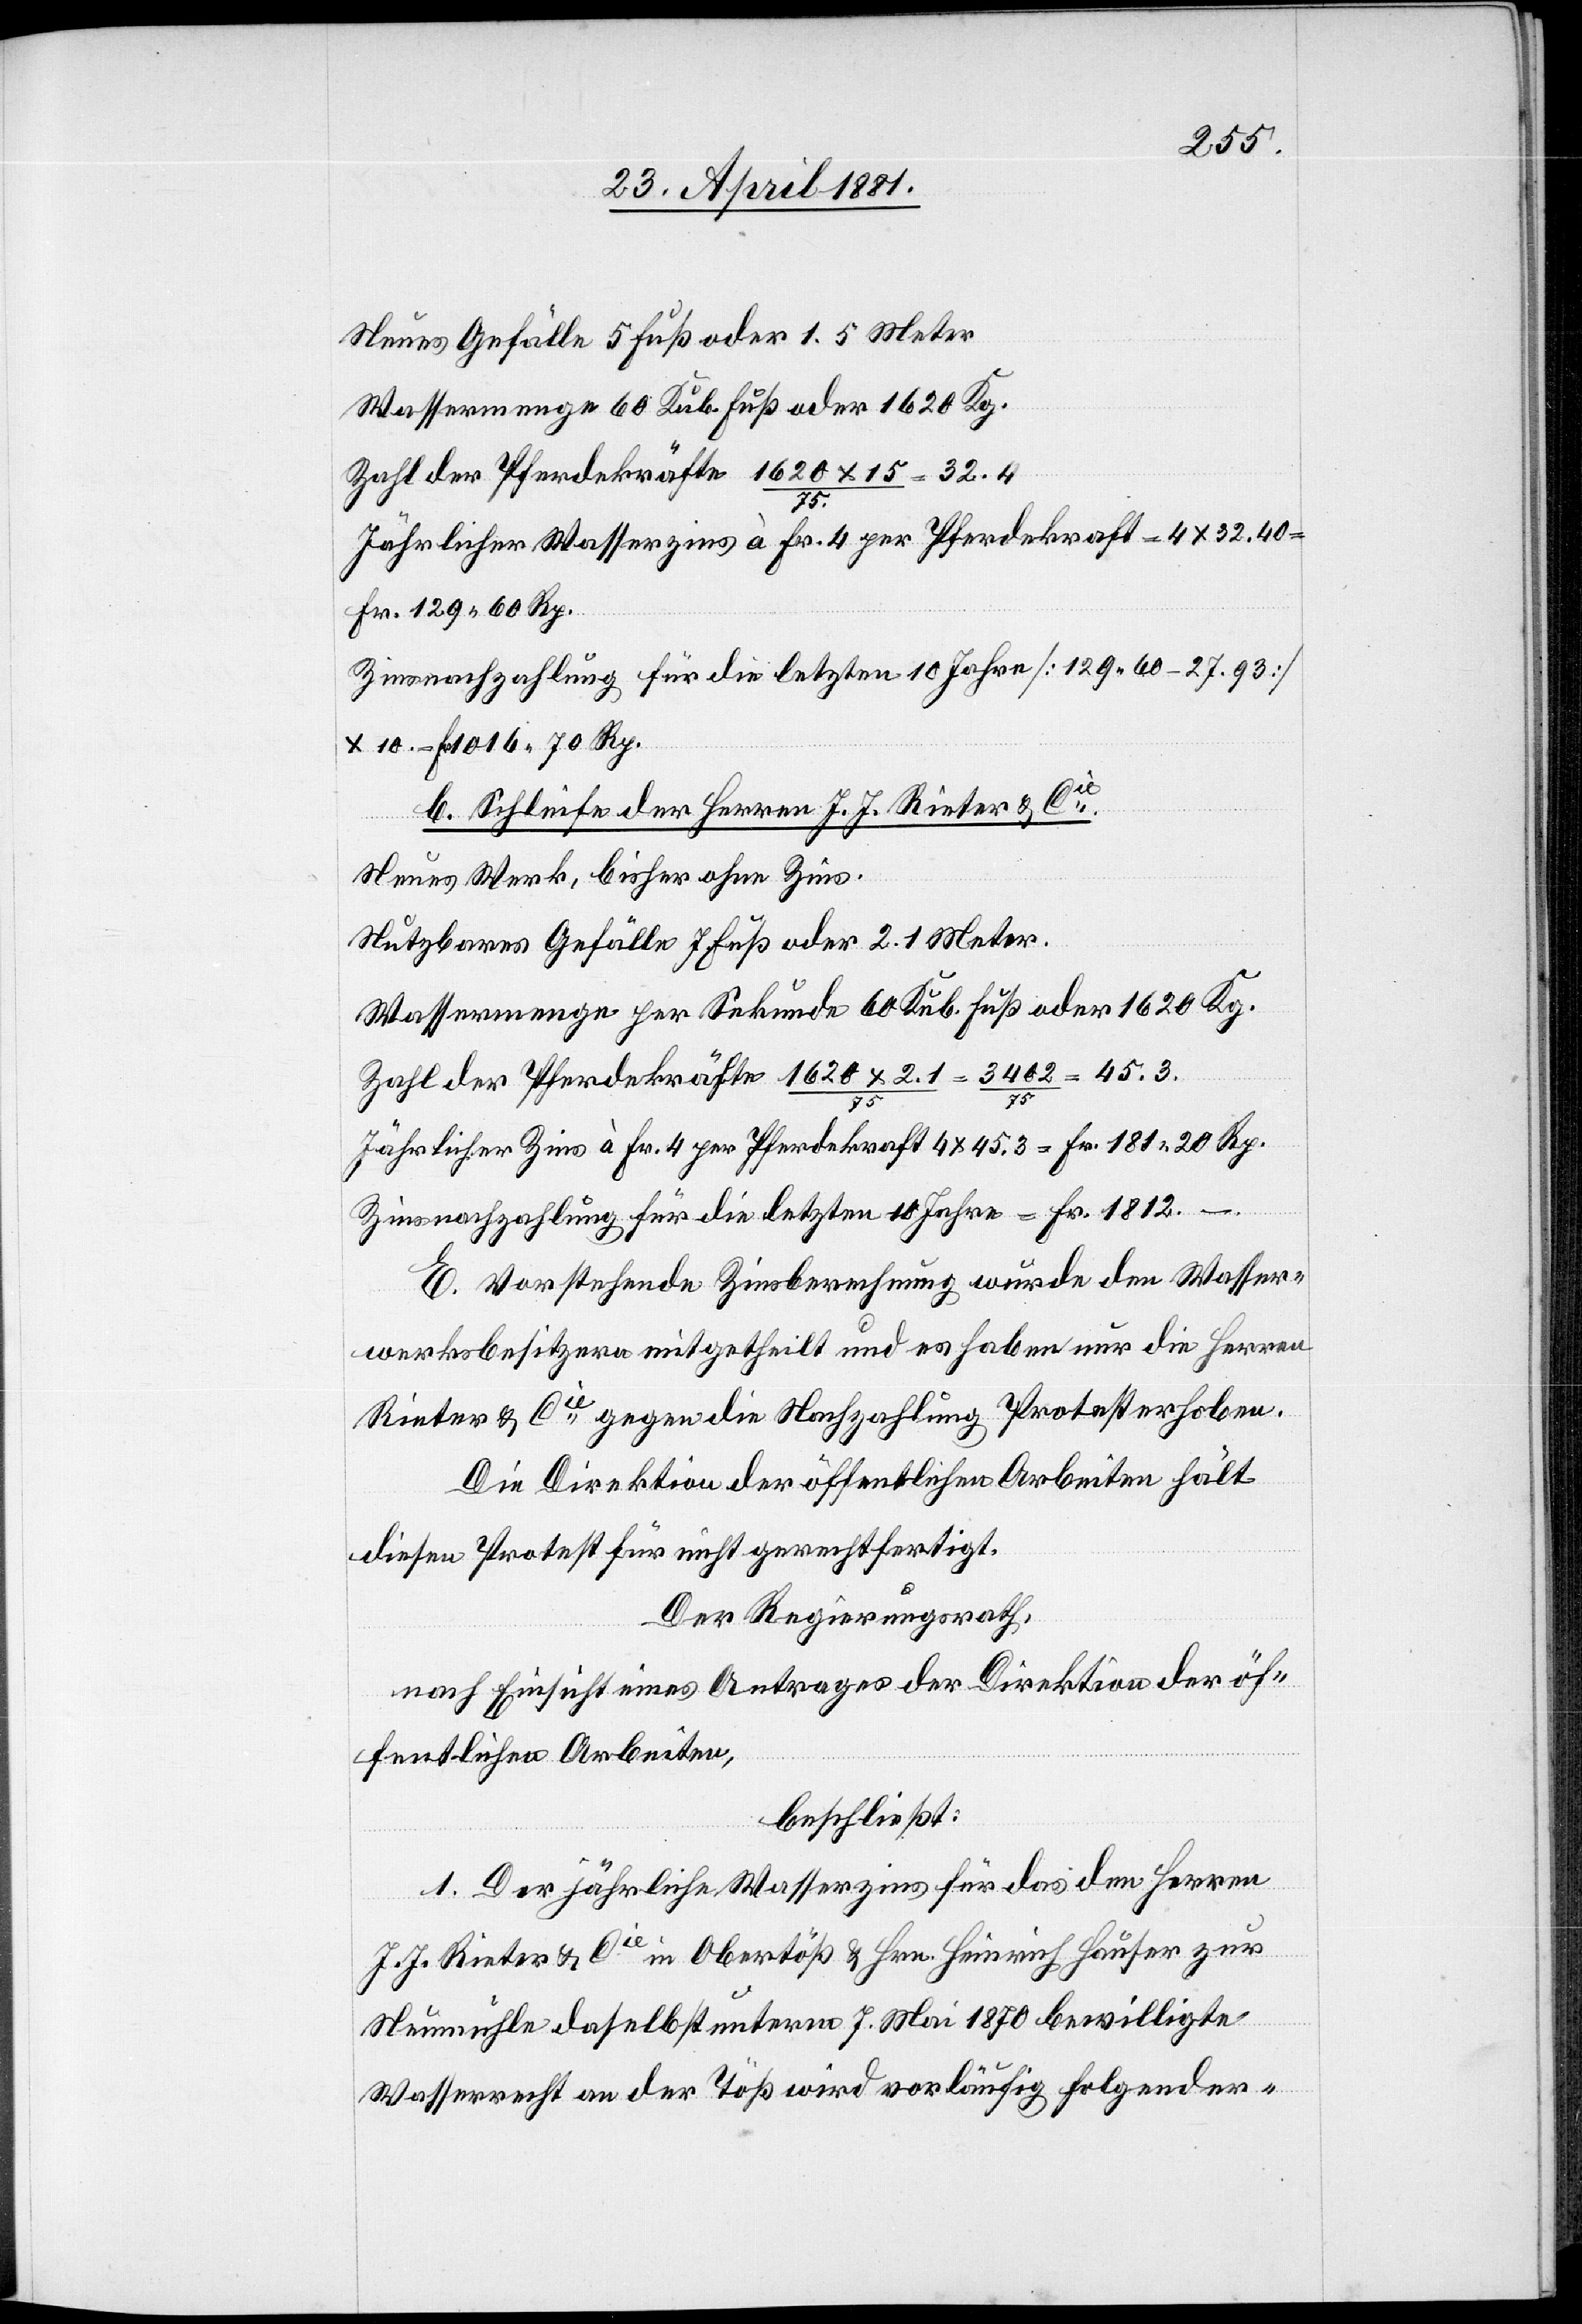
45.3.
Neues Gefälle 5 Fuß oder 1.5 Meter
Wassermenge 60 Kub. Fuß oder 1620 Kg.
Zahl der Pferdekräfte 1620 x 15 / 75 =
75
Jährlicher Wasserzins à Fr. 4 per Pferdekraft = 4 x 32.40
Fr. 129 60 Rp.
Zinsnachzahlung für die letzten 10 Jahre [129 60 - 27.93]
= Fr. 1016 70 Rp.
b. Schleife der Herren J. J. Rieter & Cie:
Neues Werk, bisher ohne Zins.
Nutzbare Gefälle 7 Fuß oder 2.1 Meter.
Wassermenge per Sekunde 60 Kub. Fuß oder 1620 Kg.
Jährlicher Zins à Fr. 4 per Pferdekraft 4 x 45.3 = Fr. 181 20 Rp.
Zinsnachzahlung für die letzten 10 Jahre = Fr. 1812.
E. Vorstehende Zinsberechnung wurde den Wasser¬
werksbesitzern mitgetheilt und es haben nur die Herren
Rieter & Cie gegen die Nachzahlung Protest erhoben.
Die Direktion öffentlichen Arbeiten hält
diesen Protest für nicht gerechtfertigt.
Der Regierungsrath,
nach Einsicht eines Antrages der Direktion öf¬
fentlichen Arbeiten,
beschließt:
1. Der jährliche Wasserzins für das den Herren
J. J. Rieter & Cie in Obertöß & Hrn. Heinrich Hauser zur
Neumühle daselbst unterm 7. Mai 1870 bewilligte
Wasserrecht an der Töß wird vorläufig folgender-